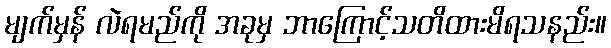
မျက်မှန် လဲရမည်ကို အခုမှ ဘာကြောင့်သတိထားမိရသနည်း။